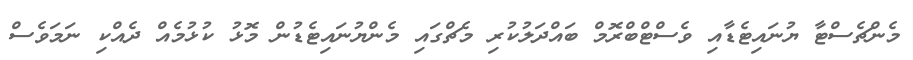
މެންޗެސްޓާ ޔުނައިޓެޑާއި ވެސްޓްބްރޮމް ބައްދަލުކުރި މެޗްގައި މެންޔުނައިޓެޑުން މޮޅު ކުޅުމެއް ދެއްކި ނަމަވެސް